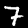
Digit: 7